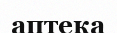
аптека